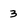
Character: 3